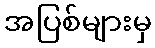
အပြစ်များမှ